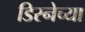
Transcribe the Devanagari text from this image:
डिस्नेच्या